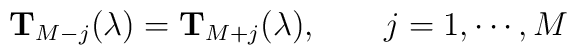
{\bf T}_{M-j}(\lambda) = {\bf T}_{M+j}(\lambda), \qquad j=1,\cdots, M